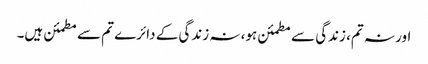
اور نہ تم، زندگی سے مطمئن ہو، نہ زندگی کے دائرے تم سے مطمئن ہیں۔